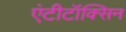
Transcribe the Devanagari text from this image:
एंटीटॉक्सिन